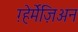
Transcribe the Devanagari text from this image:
ग़्हेर्मेज़िअन